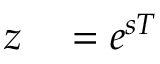
\begin{array} { r l } { z } & { { } = e ^ { s T } } \end{array}